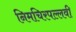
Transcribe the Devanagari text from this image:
निमचिरपल्लवी